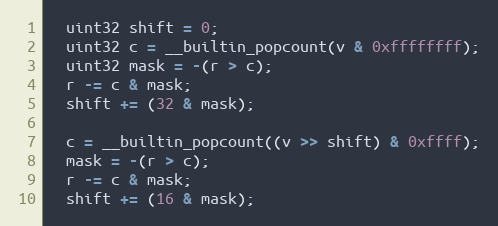
Language: C
  uint32 shift = 0;
  uint32 c = __builtin_popcount(v & 0xffffffff);
  uint32 mask = -(r > c);
  r -= c & mask;
  shift += (32 & mask);

  c = __builtin_popcount((v >> shift) & 0xffff);
  mask = -(r > c);
  r -= c & mask;
  shift += (16 & mask);